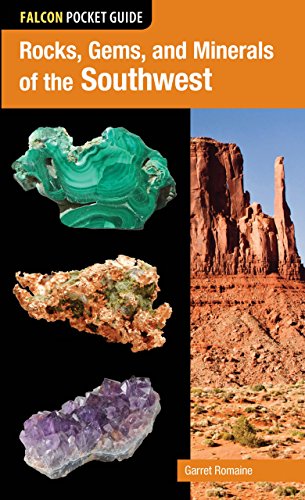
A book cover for Falcon Pocket Guide: Rocks, Gems, and Minerals of the Southwest (Falcon Pocket Guides); Garret Romaine; Science & Math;